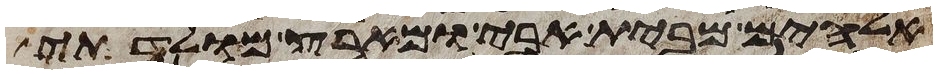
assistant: אלהים מבית אבי ומארץ מולדתי